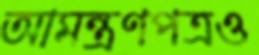
আমন্ত্রণপত্রও